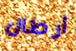
أرطال